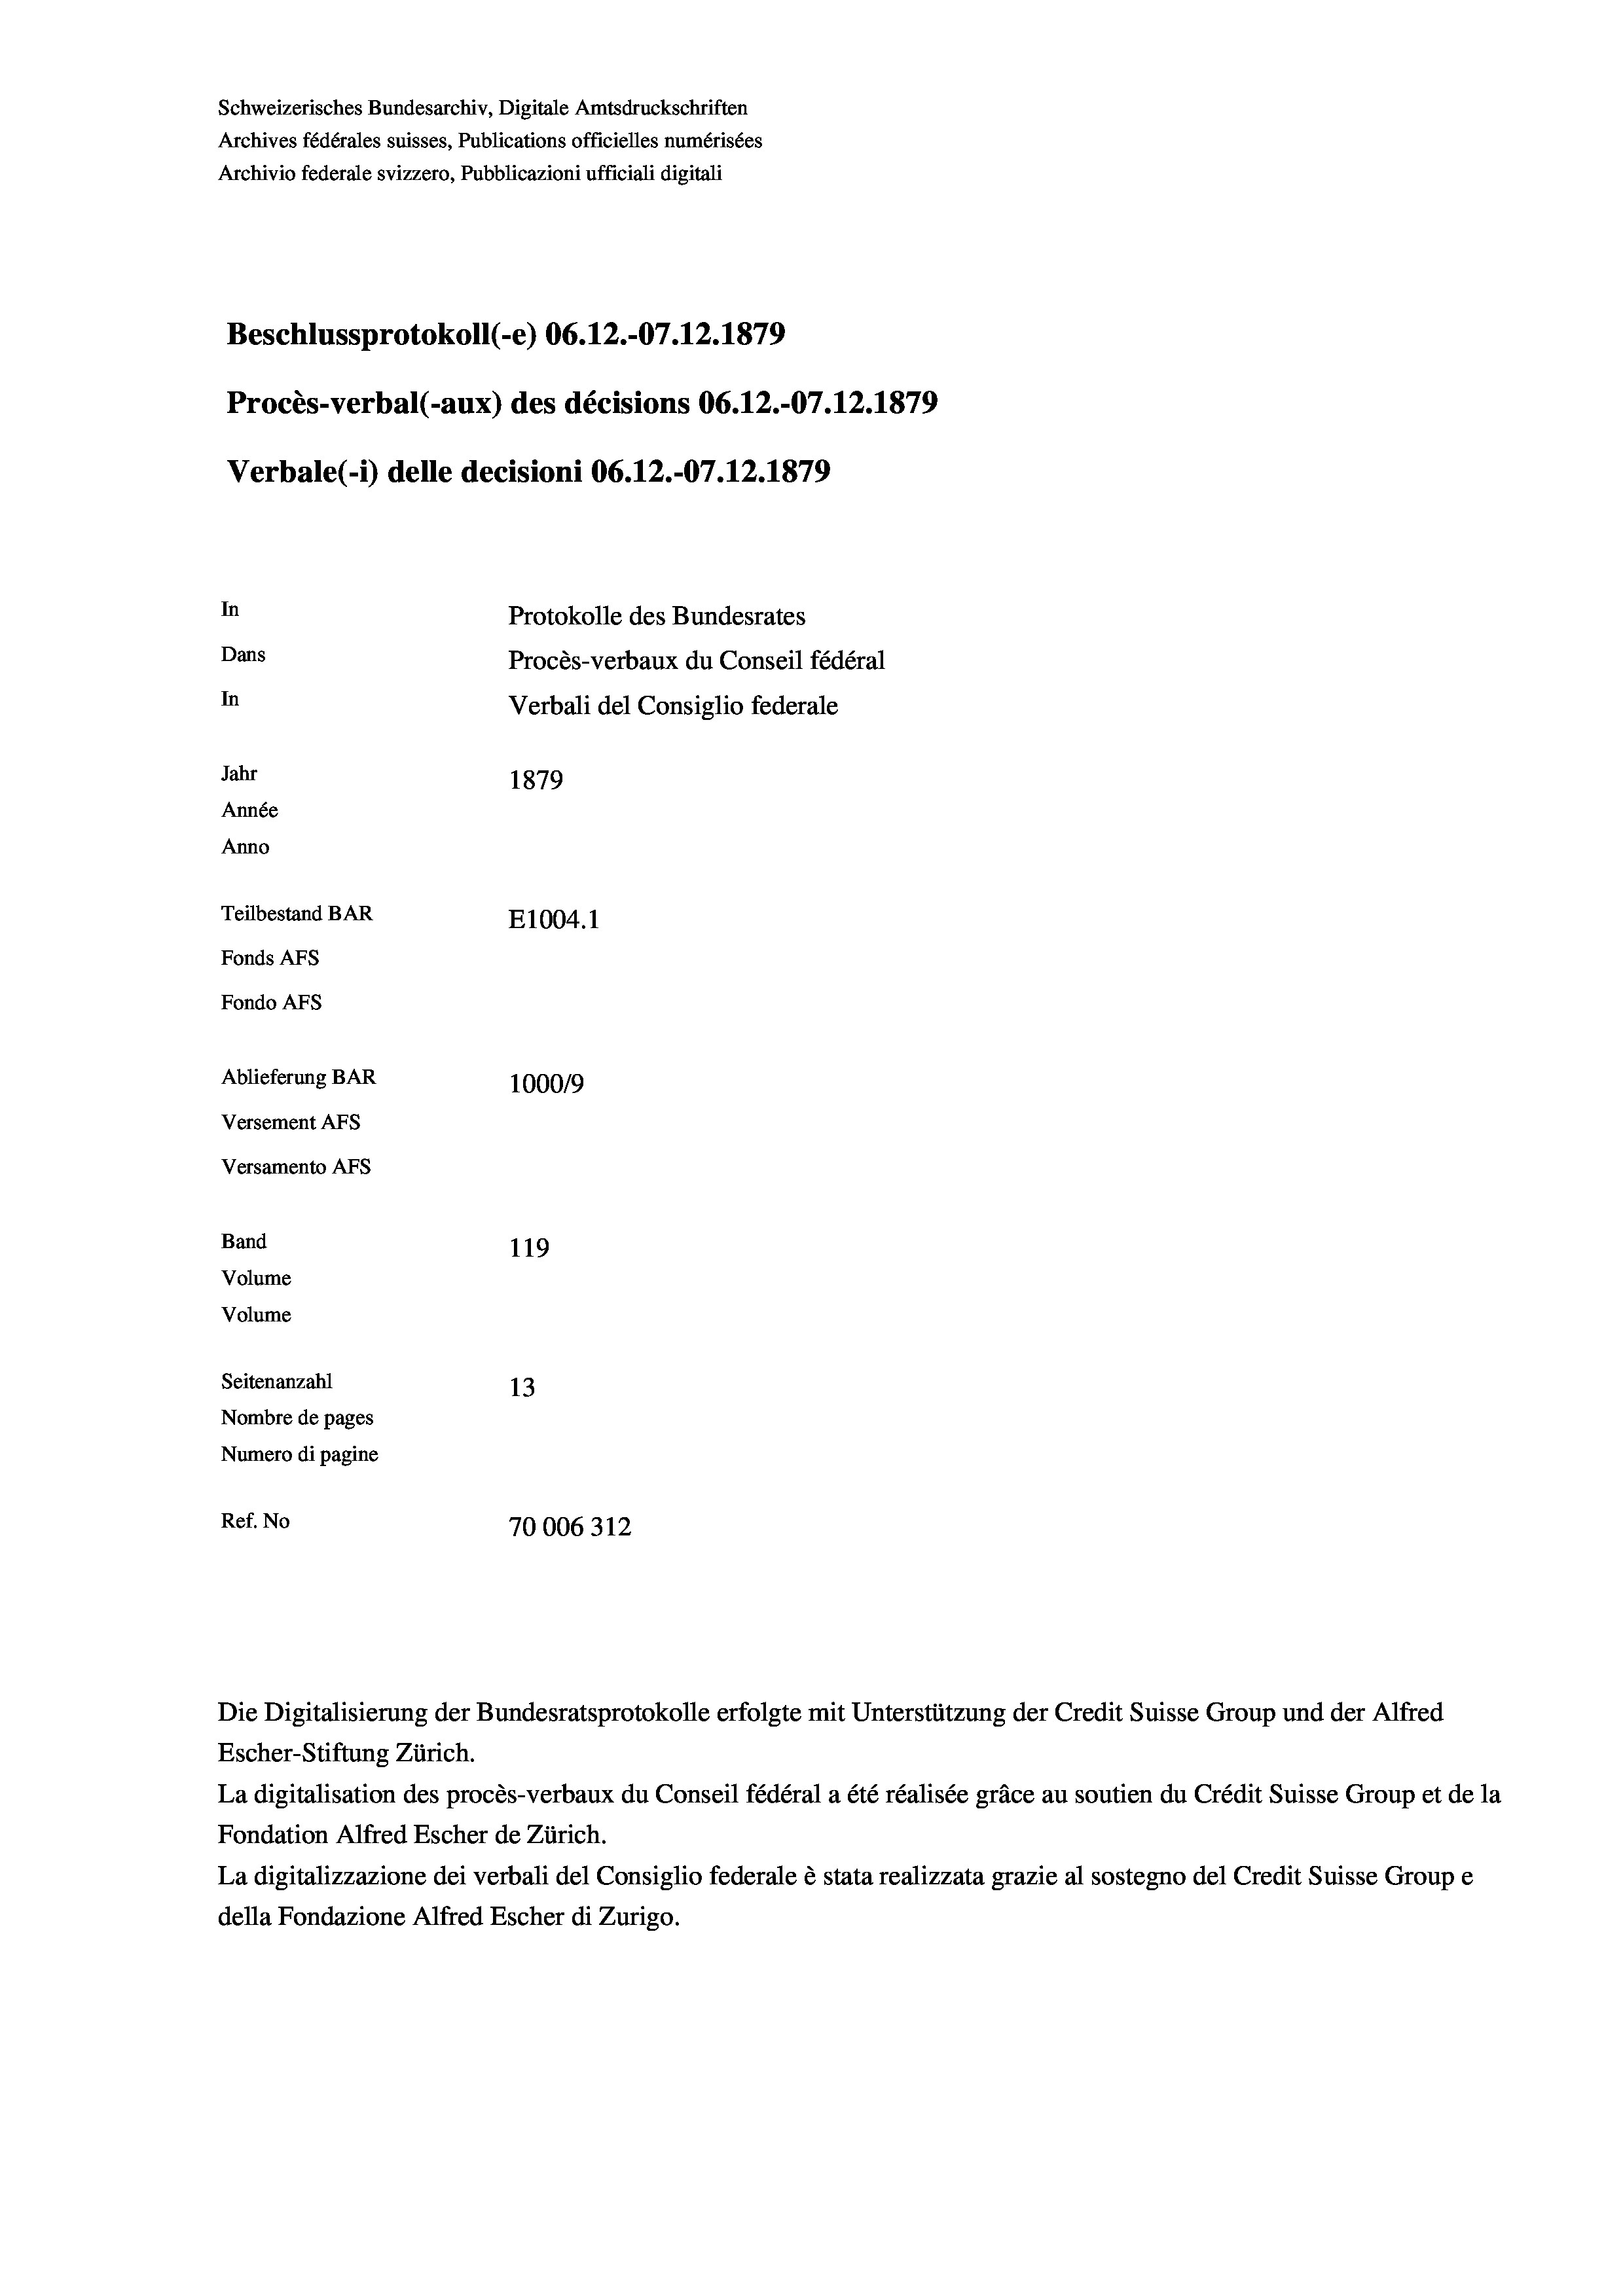
Schweizerisches Bundesarchiv, Digitale Amtsdruckschriften
Archives fédérales suisses, Publications officielles numérisées
Archivio federale svizzero, Pubblicazioni ufficiali digitali
Beschlussprotokoll (-e) 06.12.-07.12.1879
Procès-verbal (-aux) des décisions 06.12.-07.12.1879
Verbale (i) delle decisioni 06.12.-07.12.1879
In
Protokolle des Bundesrates
Dans
Procès-verbaux du Conseil fédéral
In
Verbali del Consiglio federale
Jahr
1879
Année
Anno
Teilbestand BAR
E1004.1
Fonds AFs
Fondo Afs
Ablieferung BAR
100019
Versement AFs
Versamento Afs

119
Seitenanzahl
13
Nombre de pages
Numero di pagine
Ref. No
70006312

Band
Volume
Volume

Escher-Stiftung Zürich.
La digitalisation des procès-verbaux du Conseil fédéral a été réalisée gräce au soutien du Crédit Suisse Group et de la
Fondation Alfred Escher de Zürich.
La digitalizzazione dei verbali del Consiglio federale è stata realizzata grazie al sostegno del Credit Suisse Groupe
della Fondazione Alfred Escher di Zurigo.

Die Digitalisierung der Bundesratsprotokolle erfolgte mit Unterstützung der Credit Suisse Group und der Alfred